Indian journal of veterinary science and animal husbandry - Volume 1,
Year: 1931
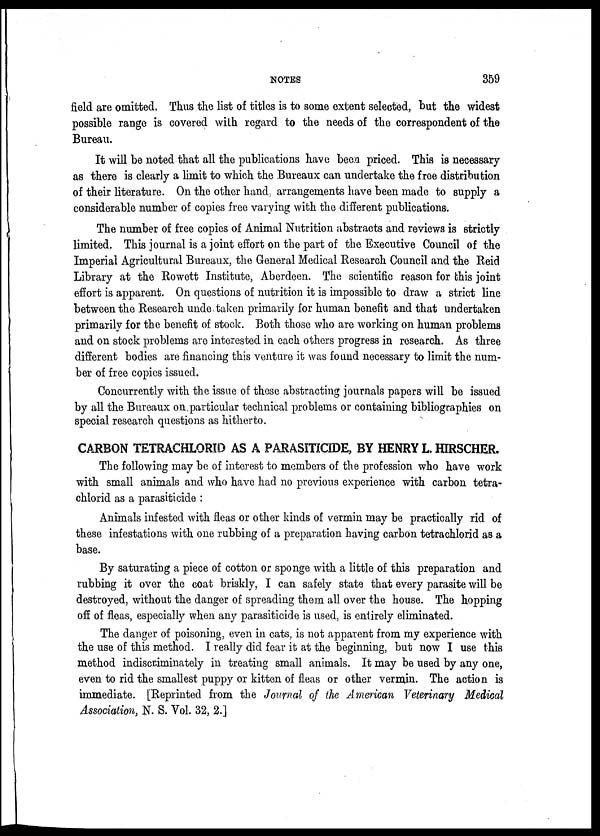
NOTES
359
field are omitted. Thus the list of titles is to some extent selected, but the widest
possible range is covered with regard to the needs of the correspondent of the
Bureau.
It will be noted that all the publications have been priced. This is necessary
as there is clearly a limit to which the Bureaux can undertake the free distribution
of their literature. On the other hand, arrangements have been made to supply a
considerable number of copies free varying with the different publications.
The number of free copies of Animal Nutrition abstracts and reviews is strictly
limited. This journal is a joint effort on the part of the Executive Council of the
Imperial Agricultural Bureaux, the General Medical Research Council and the Reid
Library at the Rowett Institute, Aberdeen. The scientific reason for this joint
effort is apparent. On questions of nutrition it is impossible to draw a strict line
between the Research undertaken primarily for human benefit and that undertaken
primarily for the benefit of stock. Both those who are working on human problems
and on stock problems are interested in each others progress in research. As three
different bodies are financing this venture it was found necessary to limit the num-
ber of free copies issued.
Concurrently with the issue of these abstracting journals papers will be issued
by all the Bureaux on particular technical problems or containing bibliographies on
special research questions as hitherto.
CARBON TETRACHLORID AS A PARASITICIDE, BY HENRY L. HIRSCHER.
The following may be of interest to members of the profession who have work
with small animals and who have had no previous experience with carbon tetra-
chlorid as a parasiticide :
Animals infested with fleas or other kinds of vermin may be practically rid of
these infestations with one rubbing of a preparation having carbon tetrachlorid as a
base.
By saturating a piece of cotton or sponge with a little of this preparation and
rubbing it over the coat briskly, I can safely state that every parasite will be
destroyed, without the danger of spreading them all over the house. The hopping
off of fleas, especially when any parasiticide is used, is entirely eliminated.
The danger of poisoning, even in cats, is not apparent from my experience with
the use of this method. I really did fear it at the beginning, but now I use this
method indiscriminately in treating small animals. It may be used by any one,
even to rid the smallest puppy or kitten of fleas or other vermin. The action is
immediate. [Reprinted from the Journal of the American Veterinary Medical
Association, N. S. Vol. 32, 2.]